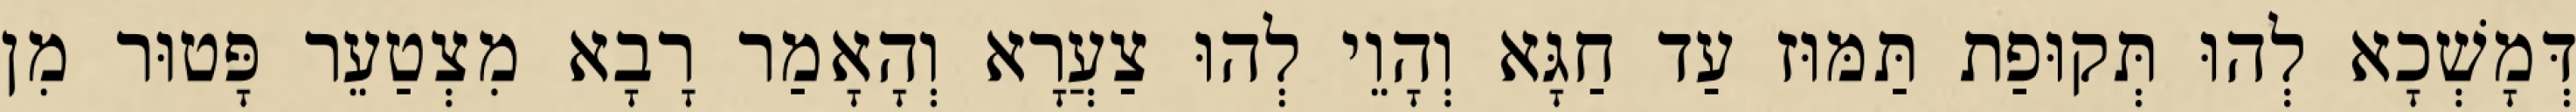
דְּמָשְׁכָא לְהוּ תְּקוּפַת תַּמּוּז עַד חַגָּא וְהָוֵי לְהוּ צַעֲרָא וְהָאָמַר רָבָא מִצְטַעֵר פָּטוּר מִן